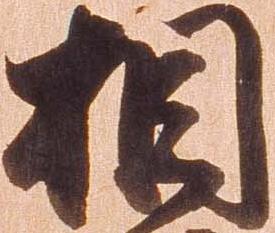
相